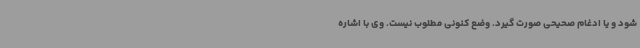
شود و یا ادغام صحیحی صورت گیرد. وضع کنونی مطلوب نیست. وی با اشاره